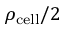
\rho _ { \mathrm { c e l l } } / 2